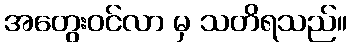
အတွေးဝင်လာ မှ သတိရသည်။